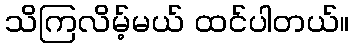
သိကြလိမ့်မယ် ထင်ပါတယ်။